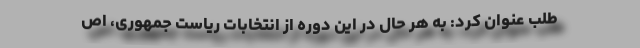
طلب عنوان کرد: به هر حال در این دوره از انتخابات ریاست جمهوری، اص